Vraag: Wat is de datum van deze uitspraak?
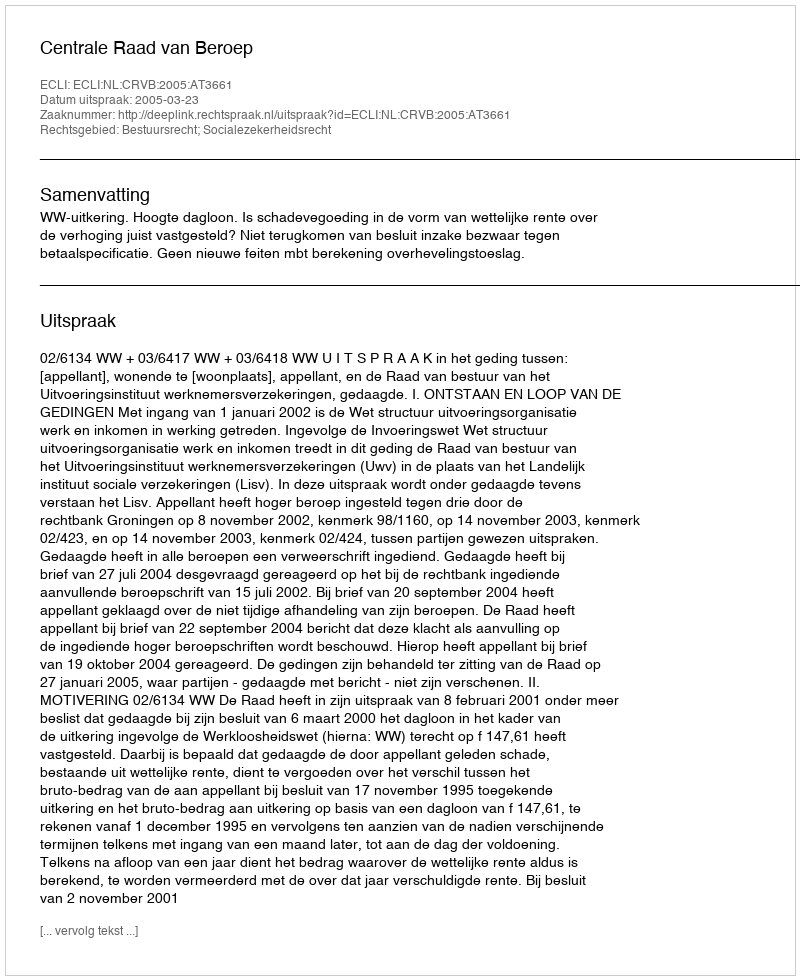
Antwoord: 2005-03-23